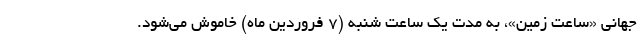
جهانی «ساعت زمین»، به مدت یک ساعت شنبه (۷ فروردین ماه) خاموش می‌شود.